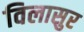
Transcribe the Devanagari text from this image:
विलासुर